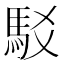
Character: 駁